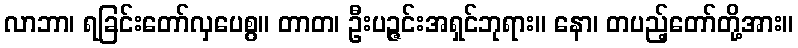
လာဘာ၊ ရခြင်းတော်လှပေစွ။ တာတ၊ ဦးပဉ္ဇင်းအရှင်ဘုရား။ နော၊ တပည့်တော်တို့အား။